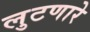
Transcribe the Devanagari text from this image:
लुटणारे